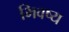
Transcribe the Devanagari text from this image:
भिवष्य